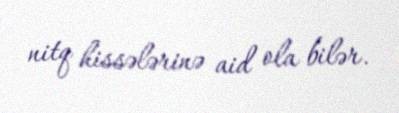
nitq hissələrinə aid ola bilər.